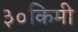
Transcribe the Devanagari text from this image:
३०किमी